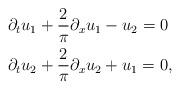
LaTeX: \begin{align*} \begin{array}{ll} \displaystyle\partial_{t}u_1 +\frac{2}{\pi}\partial_{x}u_1 -u_2=0 & \\ [3mm]\displaystyle\partial_{t}u_2 +\frac{2}{\pi}\partial_{x}u_2 +u_1=0, & \end{array} \end{align*}